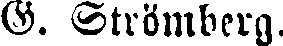
G. Strömberg.